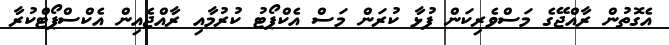
އެގޮތުން ރާއްޖޭގެ މަސްވެރިކަން ފުޅާ ކުރަން މަސް އެކްޕޯޓު ކުރުމާއި ރާއްޖެއިން އެކްސްޕޯޓްކުރާ